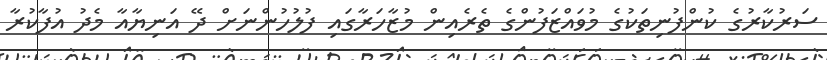
ސަރުކާރުގެ ކުންފުނިތަކުގެ މުވައްޒަފުންގެ ތެރެއިން މުޒާހަރާގައި ފުލުހުންނަށް ދޭ އަނިޔާއާ މެދު އުފާކުރާ